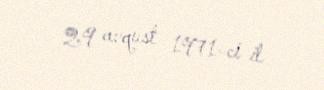
29 avqust 1971-ci il